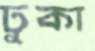
ঢুকা